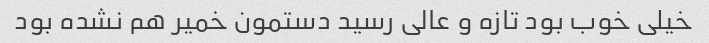
خیلی خوب بود تازه و عالی رسید دستمون خمیر هم نشده بود